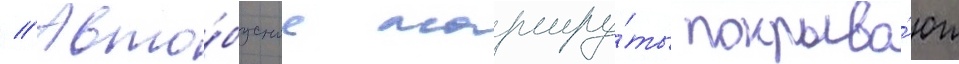
// Авто́бусные маршру́ты покрыва́ют